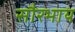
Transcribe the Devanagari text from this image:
सौरभाय